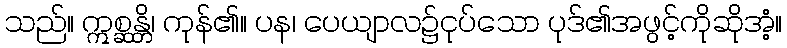
သည်။ ဣစ္ဆန္တိ၊ ကုန်၏။ ပန၊ ပေယျာလ၌ငုပ်သော ပုဒ်၏အဖွင့်ကိုဆိုအံ့။